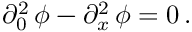
\partial _ { 0 } ^ { 2 } \, \phi - \partial _ { x } ^ { 2 } \, \phi = 0 \, .